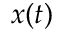
x ( t )